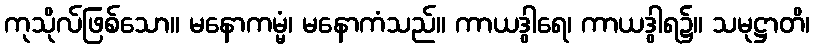
ကုသိုလ်ဖြစ်သော။ မနောကမ္မံ၊ မနောကံသည်။ ကာယဒွါရေ၊ ကာယဒွါရ၌။ သမုဋ္ဌာတိ၊